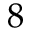
8